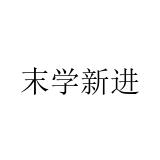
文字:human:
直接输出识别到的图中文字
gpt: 末学新进